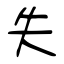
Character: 失